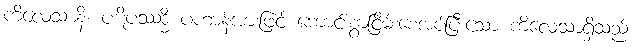
ကိလေသာနိ၊ ပဋိပဿဒ္ဓိ ပဟာန်အားဖြင့် ကောင်းစွာငြိမ်းစေအပ်ပြီးသော ကိလေသာရှိသည်